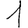
Digit: 1